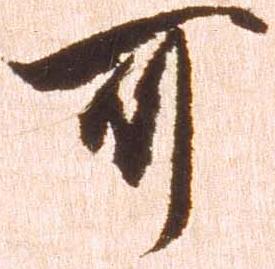
可